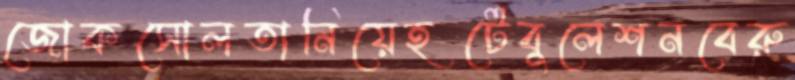
জোকসোলতানিয়েহটেবুলেশনবেরু